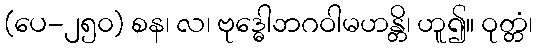
(ပေ-၂၅၀) စန၊ လ၊ ဗုဒ္ဓေါဘဂဝါမဟန္တိ၊ ဟူ၍။ ဝုတ္တံ၊